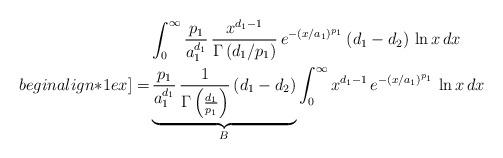
LaTeX: \begin{align*}& \int_{0}^{\infty} \frac{p_1}{a_1^{d_1}} \, \frac{x^{d_1-1}}{\Gamma \left(d_1/p_1\right)} \, e^{- \left( x / a_1 \right)^{p_1}} \, (d_1 - d_2) \, \ln x \, dx \\begin{align*}1ex]= & \underbrace{\frac{p_1}{a_1^{d_1}} \, \frac{1}{\Gamma \left(\frac{d_1}{p_1}\right)} \, (d_1 - d_2)}_{B} \int_{0}^{\infty} x^{d_1-1} \, e^{- \left( x / a_1 \right)^{p_1}} \, \ln x \, dx\end{align*}